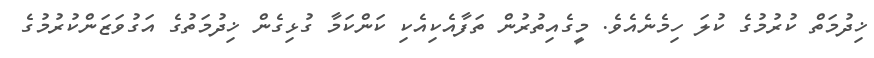
ޚިދުމަތް ކުރުމުގެ ކުލަ ހިމެނެއެވެ. މީގެއިތުރުން ތަފާއެކިއެކި ކަންކަމާ ގުޅިގެން ޚިދުމަތުގެ އަގުވަޒަންކުރުމުގެ